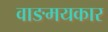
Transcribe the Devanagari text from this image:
वाङमयकार